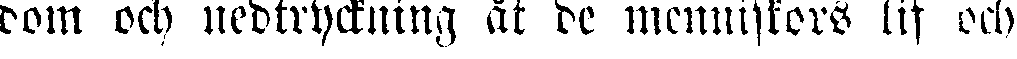
dom och nedtryckning åt de menniskors lif och